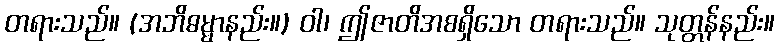
တရားသည်။ (အဘိဓမ္မာနည်း။) ဝါ၊ ဤဇာတိအစရှိသော တရားသည်။ သုတ္တန်နည်း။